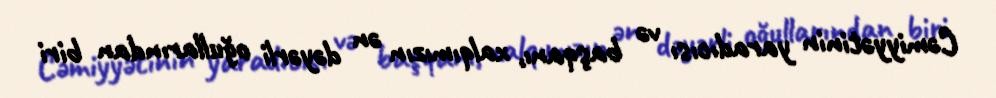
Cəmiyyətinin yaradıcısı və başqanı, xalqımızın ən dəyərli oğullarından biri